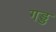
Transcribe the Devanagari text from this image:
गड्ड